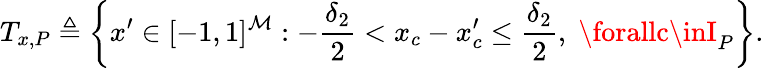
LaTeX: T_{x,P}\triangleq\left\{ x^{\prime}\in[-1,1]^{\mathcal{M}}:-\frac{{\delta_{2}}}{{2}}<x_{c}-x_{c}^{\prime}\leq\frac{{\delta_{2}}}{{2}},\; \forallc\inI_{P}\right\} .